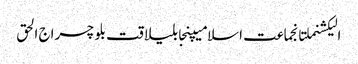
الیکشنملتانجماعت اسلامیپنجابلیاقت بلوچسراج الحق